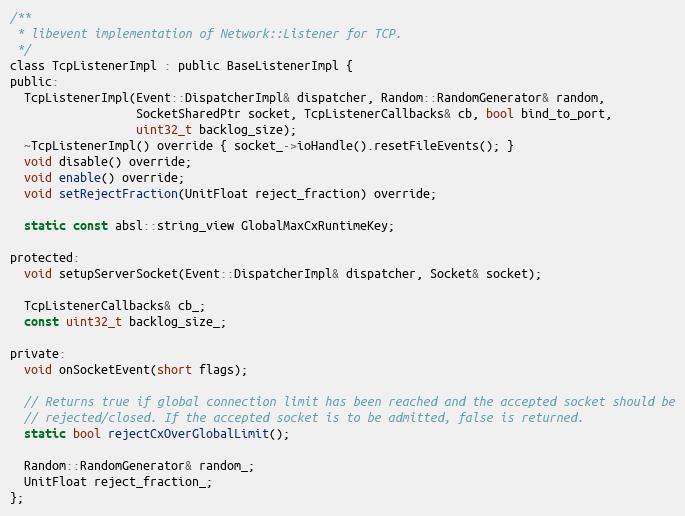
Language: C
/**
 * libevent implementation of Network::Listener for TCP.
 */
class TcpListenerImpl : public BaseListenerImpl {
public:
  TcpListenerImpl(Event::DispatcherImpl& dispatcher, Random::RandomGenerator& random,
                  SocketSharedPtr socket, TcpListenerCallbacks& cb, bool bind_to_port,
                  uint32_t backlog_size);
  ~TcpListenerImpl() override { socket_->ioHandle().resetFileEvents(); }
  void disable() override;
  void enable() override;
  void setRejectFraction(UnitFloat reject_fraction) override;

  static const absl::string_view GlobalMaxCxRuntimeKey;

protected:
  void setupServerSocket(Event::DispatcherImpl& dispatcher, Socket& socket);

  TcpListenerCallbacks& cb_;
  const uint32_t backlog_size_;

private:
  void onSocketEvent(short flags);

  // Returns true if global connection limit has been reached and the accepted socket should be
  // rejected/closed. If the accepted socket is to be admitted, false is returned.
  static bool rejectCxOverGlobalLimit();

  Random::RandomGenerator& random_;
  UnitFloat reject_fraction_;
};